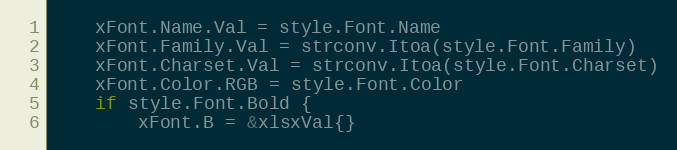
Language: Go
	xFont.Name.Val = style.Font.Name
	xFont.Family.Val = strconv.Itoa(style.Font.Family)
	xFont.Charset.Val = strconv.Itoa(style.Font.Charset)
	xFont.Color.RGB = style.Font.Color
	if style.Font.Bold {
		xFont.B = &xlsxVal{}